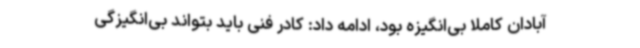
آبادان کاملا بی‌انگیزه بود، ادامه داد: کادر فنی باید بتواند بی‌انگیزگی